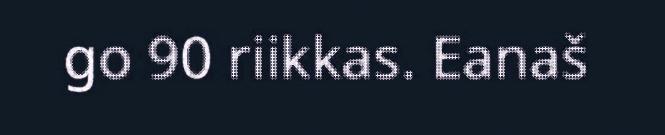
go 90 riikkas. Eanaš